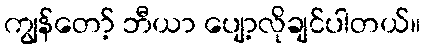
ကျွန်တော့် ဘီယာ ပျော့လိုချင်ပါတယ်။